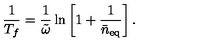
\frac { 1 } { T _ { f } } = \frac { 1 } { \tilde { \omega } } \ln \left[ 1 + \frac { 1 } { \bar { n } _ { \mathrm { e q } } } \right] .